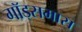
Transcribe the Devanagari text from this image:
गॉड्समास